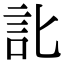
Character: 䚰